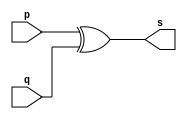
// -- PUC Minas - Instituto de Ciencias Exatas e Informatica
// -- Ciencia da Computacao - Professor Theldo Cruz
// Nome: ANA CRISTINA PEREIRA TEIXEIRA

// Exemplo0005 - xor 

// --------------------- 
// -- xor gate 
// --------------------- 
module xorgate (output [0:3] s, input [0:3] p, input [0:3] q);
	assign s = p ^ q;
endmodule // xor 

// --------------------- 
// -- test xorgate 
// --------------------- 
module testxorgate; 
	// ------------------------- dados locais
	reg [0:3] a,b; // definir registrador
	wire [0:3] s; // definir conexao (fio)
	
	// ------------------------- instancia
	xorgate XOR1 (s, a, b);
	
	// ------------------------- preparacao
	initial begin:start
		a=4'b0011; // 4 valores binarios
		b=4'b0101; // 4 valores binarios
	end
	
	// ------------------------- parte principal
	initial begin:main
		$display("Exemplo 0005 - ANA CRISTINA - 427385");
		$display("Test xor gate");
		$display("\n a ^ b = s\n");
		
		$monitor("%b ^ %b = %b", a, b, s);
		#1 a=0; b=0; // valores decimais
		#1 a=4'b0010; b=4'b0001; // valores binarios
		#1 a=4'd1; b=3; // decimal e decimal
		#1 a=4'o5; b=2; // octal e decimal
		#1 a=4'hA; b=3; // hexadecimal e decimal
		#1 a=4'h9; b=4'o3; // hexadecimal e octal
	end
endmodule // testxorgate

// -- Testes
// Exemplo 0005 - ANA CRISTINA - 427385
// Test xor gate
//  a ^ b = s
// 0011 ^ 0101 = 0110
// 0000 ^ 0000 = 0000
// 0010 ^ 0001 = 0011
// 0001 ^ 0011 = 0010
// 0101 ^ 0010 = 0111
// 1010 ^ 0011 = 1001
// 1001 ^ 0011 = 1010